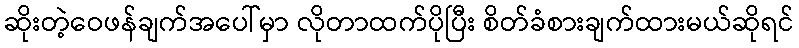
ဆိုးတဲ့ဝေဖန်ချက်အပေါ်မှာ လိုတာထက်ပိုပြီး စိတ်ခံစားချက်ထားမယ်ဆိုရင်